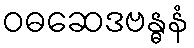
ဝဓဆေဒဗန္ဓနံ